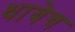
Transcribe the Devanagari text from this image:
धाबेच